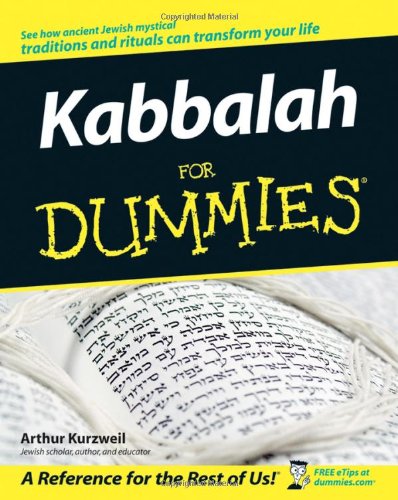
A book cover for Kabbalah For Dummies; Arthur Kurzweil; Religion & Spirituality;